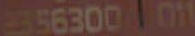
2356300011